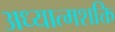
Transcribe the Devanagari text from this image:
अध्यात्मशक्ति